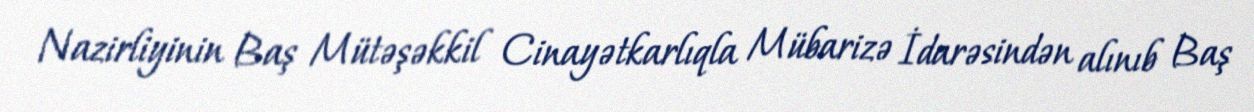
Nazirliyinin Baş Mütəşəkkil Cinayətkarlıqla Mübarizə İdarəsindən alınıb Baş